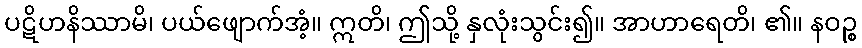
ပဋိဟနိဿာမိ၊ ပယ်ဖျောက်အံ့။ ဣတိ၊ ဤသို့ နှလုံးသွင်း၍။ အာဟာရေတိ၊ ၏။ နဝဉ္စ